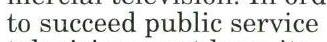
to succeed public service